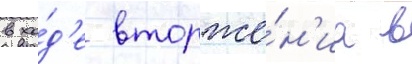
в хо́д'е вторже́н'иа в